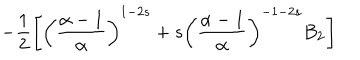
- \frac { 1 } { 2 } \left[ \left( \frac { \alpha - 1 } { \alpha } \right) ^ { 1 - 2 s } + s \left( \frac { \alpha - 1 } { \alpha } \right) ^ { - 1 - 2 s } B _ { 2 } \right]